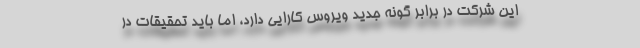
این شرکت در برابر گونه جدید ویروس کارایی دارد، اما باید تحقیقات در